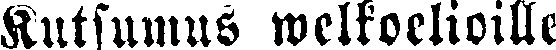
Kutsumus welkoelioille